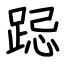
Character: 跽